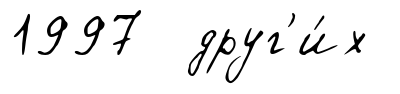
1997 друг'и́х